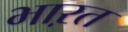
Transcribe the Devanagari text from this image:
भाऱत